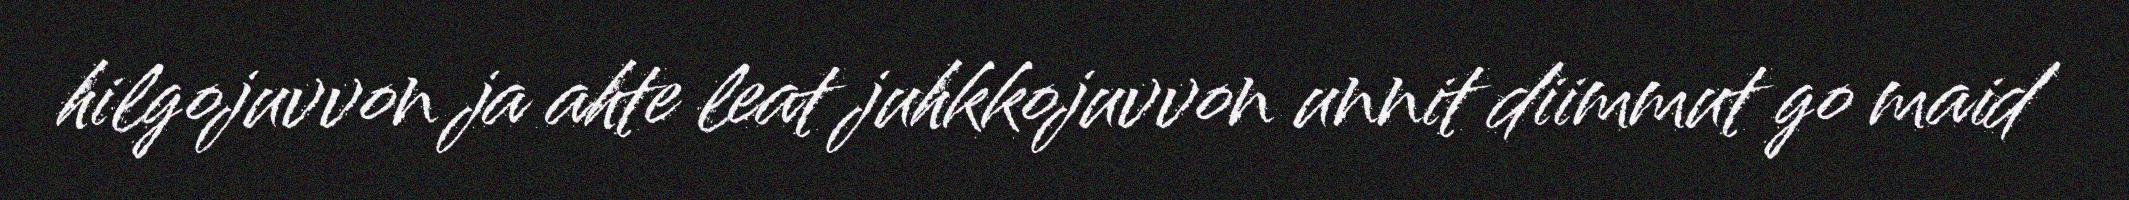
hilgojuvvon ja ahte leat juhkkojuvvon unnit diimmut go maid